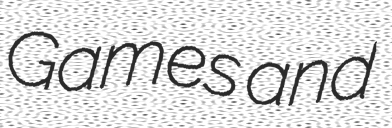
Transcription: Games and